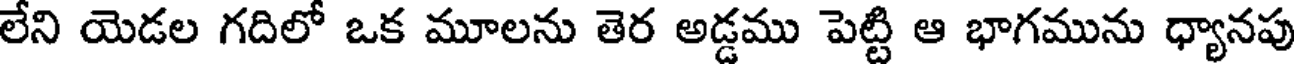
లేని యెడల గదిలో ఒక మూలను తెర అడ్డము పెట్టి ఆ భాగమును ధ్యానపు